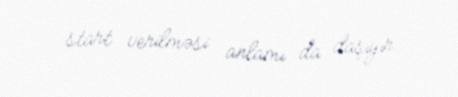
start verilməsi anlamı da daşıyır.